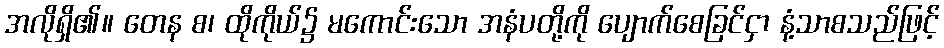
အလိုရှိ၏။ တေန စ၊ ထိုကိုယ်၌ မကောင်းသော အနံပတို့ကို ပျောက်စေခြင်ငှာ နံ့သာစသည်ဖြင့်